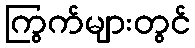
ကြွက်များတွင်